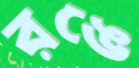
রঙে